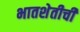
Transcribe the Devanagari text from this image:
भातशेतीची